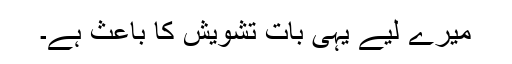
میرے لیے یہی بات تشویش کا باعث ہے۔